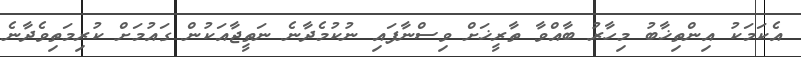
އެކަމަކު އިންތިޚާބު މިހާރު ބާއްވާ ތާރީޚަށް ވިސްނާފައި ނުކުމެދާނެ ނަތީޖާއަކުން ގައުމަށް ކުރިމަތިވެދާނެ